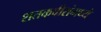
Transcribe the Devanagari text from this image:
शतकवीरांमध्ये